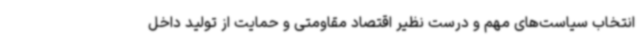
انتخاب سیاست‌های مهم و درست نظیر اقتصاد مقاومتی و حمایت از تولید داخل